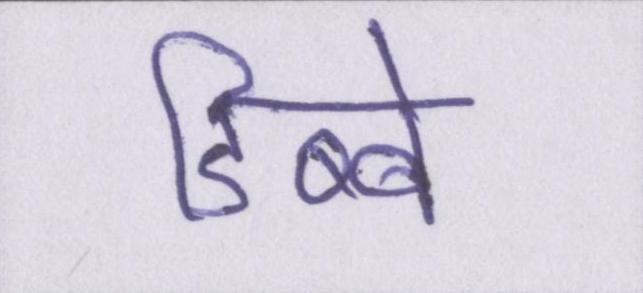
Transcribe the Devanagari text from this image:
डिब्बे